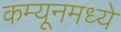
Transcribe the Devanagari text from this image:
कम्यूनमध्ये